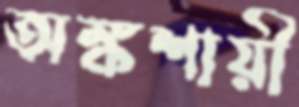
অঙ্কশায়ী